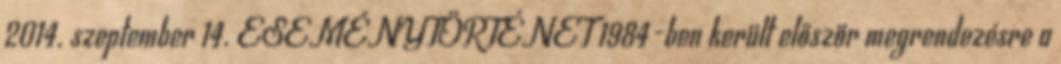
2014. szeptember 14. ESEMÉNYTÖRTÉNET 1984-ben került először megrendezésre a